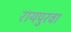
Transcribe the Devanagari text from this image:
रायपुरवा